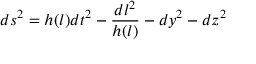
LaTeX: d s ^ { 2 } = h ( l ) d t ^ { 2 } - \frac { d l ^ { 2 } } { h ( l ) } - d y ^ { 2 } - d z ^ { 2 }